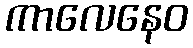
ကာလေနေဝ